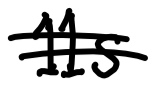
Text: 11S
Cross-out: double-line
Writing tool: digital_black